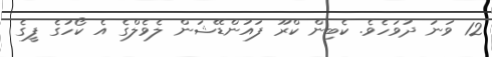
12 ވަނަ ދުވަހެވެ. ކެބިން ކްރޫ ފައުންޑޭޝަން ލެވެލްގެ އެ ކޯހުގެ ފީގެ